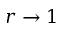
r \to 1